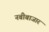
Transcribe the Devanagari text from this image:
नबीबाजार